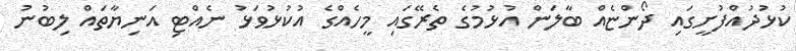
ކުޅުދުއްފުށީގައި ދޯންޏެއް ބާލަން އުޅުމުގެ ތެރޭގައި މީހެއްގެ އުކުޅުވަޅު ނެއްޓި އަނިޔާތައް ލިބުނު